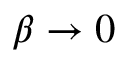
\beta \rightarrow 0